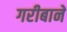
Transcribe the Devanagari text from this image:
गरीबानें